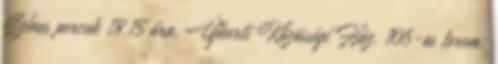
Színes percek 18.15 óra, Újkerti Közösségi Ház, 106-os terem: